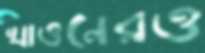
খাওনেরও